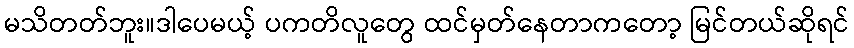
မသိတတ်ဘူး။ဒါပေမယ့် ပကတိလူတွေ ထင်မှတ်နေတာကတော့ မြင်တယ်ဆိုရင်